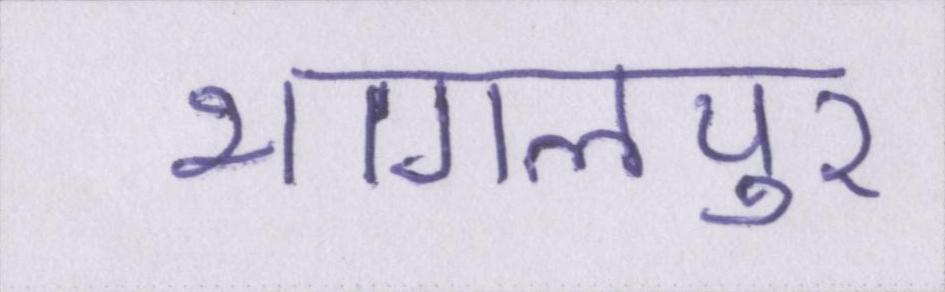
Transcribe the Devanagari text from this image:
भागलपुर